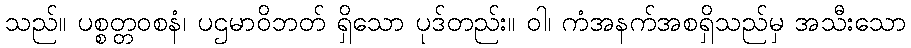
သည်။ ပစ္စတ္တဝစနံ၊ ပဌမာဝိဘတ် ရှိသော ပုဒ်တည်း။ ဝါ၊ ကံအနက်အစရှိသည်မှ အသီးသော